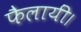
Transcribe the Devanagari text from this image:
फैलायीं।